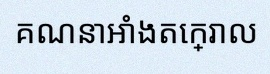
គណនាអាំងតេក្រាល